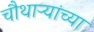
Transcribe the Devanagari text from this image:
चौथाऱ्यांच्या